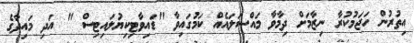
އިތުރުން ހަޖަމުކުރާ ނިޒާމަށް ދިމާވާ މައްސަލައެއް ކަމުގައިވާ "ޑައިވާޓިކިޔުލައިޓިސް " އަދި މައިދާގެ